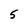
Character: 5